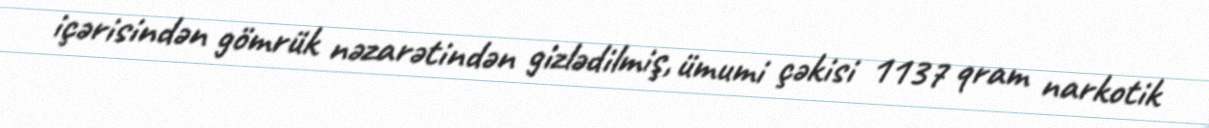
içərisindən gömrük nəzarətindən gizlədilmiş, ümumi çəkisi 1137 qram narkotik